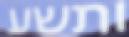
ותשע